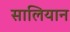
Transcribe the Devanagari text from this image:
सालियान